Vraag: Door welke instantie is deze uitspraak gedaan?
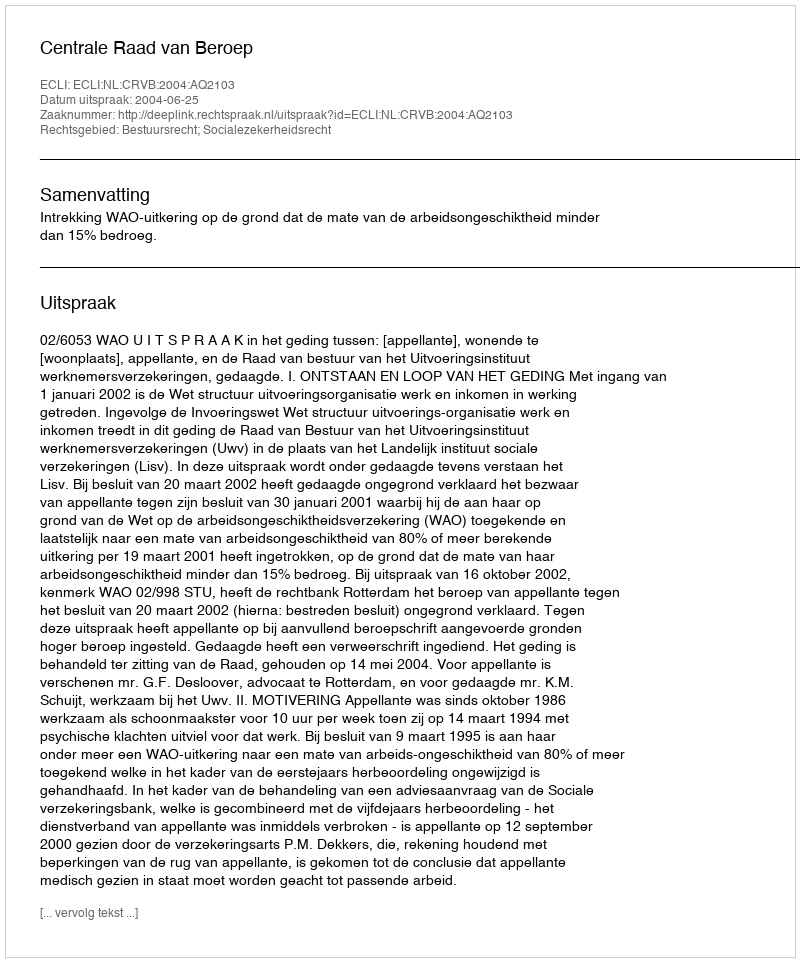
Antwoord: Centrale Raad van Beroep